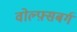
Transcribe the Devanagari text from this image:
वोल्फ़्सबर्ग